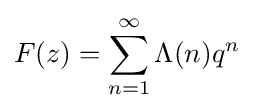
F(z)=\sum _{n=1}^{\infty }\Lambda (n)q^{n}